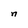
Character: n